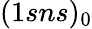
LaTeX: (1sns)_{0}